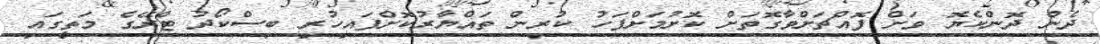
ދެން ދޮންކެޔޮ ވަށް ފޮއްޗަށްވާގޮތަށް ކޮށުމަށްފަހު ކުރިން ތައްޔާރުކޮށްފައިހުރި ބިސްކޯދު ޓްރޭގެ މަތީގައި